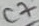
Text: C7